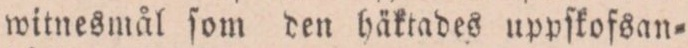
witnesmål ſom den häktades uppſkofsan=